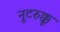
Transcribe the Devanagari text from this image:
नूटरुक्कू